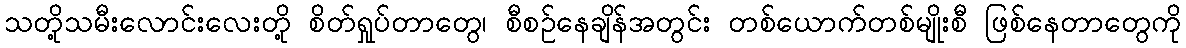
သတို့သမီးလောင်းလေးတို့ စိတ်ရှုပ်တာတွေ၊ စီစဉ်နေချိန်အတွင်း တစ်ယောက်တစ်မျိုးစီ ဖြစ်နေတာတွေကို